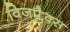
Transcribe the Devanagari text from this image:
विजप्लैक्स